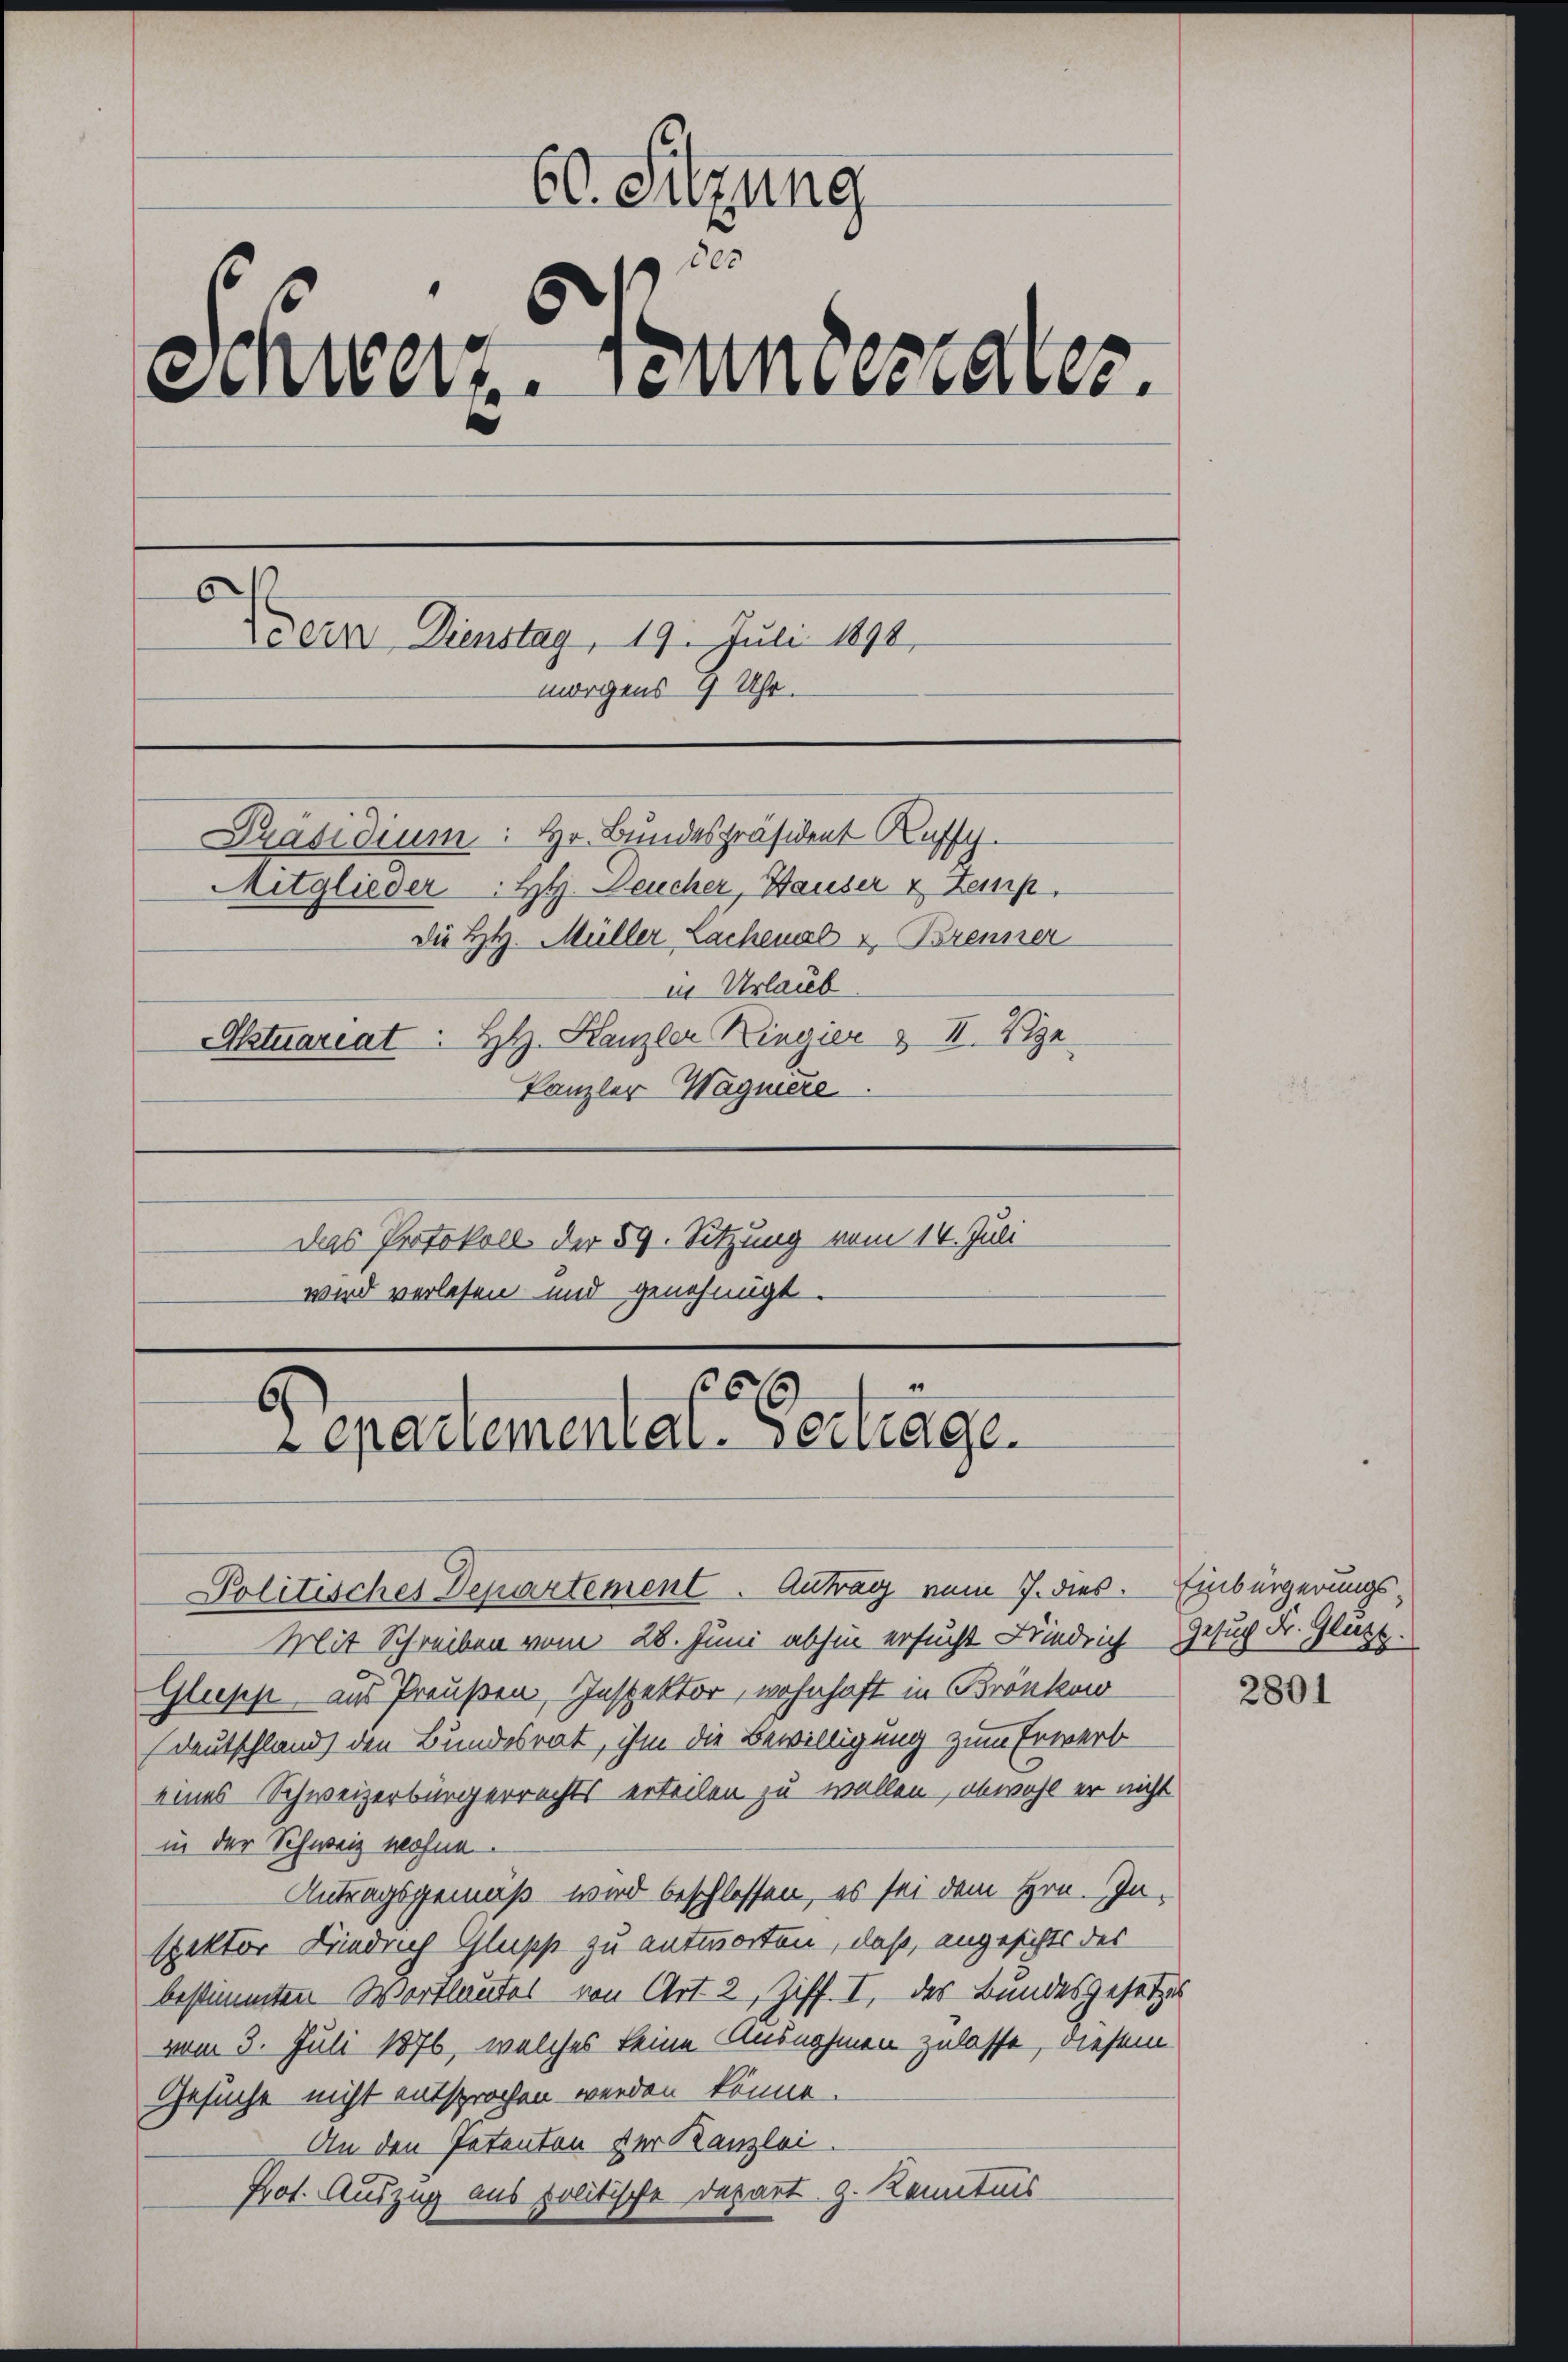
60. Sitzung
305
Schweiz. Tumessaler.
De ein Dienstag, 19. Juli 1891.
morgens 9 Uhr.
Präsidium: Hr. Bundespräsident Russ
Mitglieder: HH. Neucher, Hauser & Temp
Die HH. Müller Lachenal & Brenner
in Urlaub
Aktuariat : H. Kanzler Kinvier & II. Ve
kanzler Wagniere.
Das Protokoll der 59. Sitzung vom 14. Juli
wird verlesen und genehmigt.

“
200
6
epartemental-Vertrage.
Politisches Departement. Antrag vom 7. dies. Einbürgerungs¬

Mit Schreiben vom 28. Juni abhin ersucht Friedrich Gesuch Fr. Glutz.
Glipp aus Preußen, Inspektor, wohnhaft in Brönkow
Deutschland den Bundesrat, ihm die Bewilligung zum Erwerb
eines Schweizerbürgerrechts erteilen zu wollen, obwohl er nicht
in der Schweiz wohne
Antragsgemäß wird beschlossen, es sei dem Hrn. In-
spektor Diedrich Glupp zu antworten, daß, angesichts des
bestimmten Wortlautes von Art 2, Ziff. I, des Bundesgesetzes
vom 3. Juli 1876, welches keine Ausnahmen zulasse, diesem
Gesuche nicht entsprochen werden könne.
An den Petenton der Kanzlei
Prof. Auszug aus politische Depart z. Kenntnis

2801